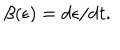
\beta ( \epsilon ) = \mathrm { d } \epsilon / \mathrm { d } t .